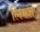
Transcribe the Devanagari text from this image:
लिम्बा